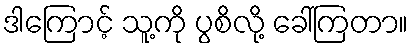
ဒါကြောင့် သူ့ကို ပွစိလို့ ခေါ်ကြတာ။